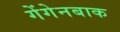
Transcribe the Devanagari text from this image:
गेंगेनबाक